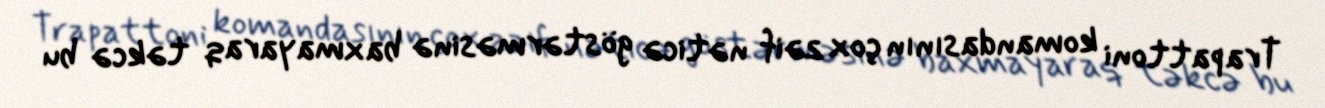
Trapattoni komandasının çox zəif nəticə göstərməsinə baxmayaraq təkcə bu